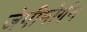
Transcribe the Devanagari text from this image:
जेपीमोर्गन